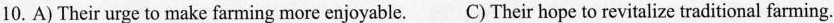
10. A)Their urge to make farming more enjoyable. C)Their hope to re vitalize traditional farming.